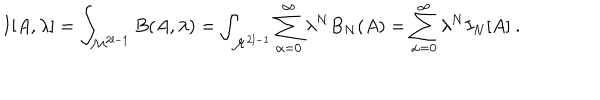
I [ A , \lambda ] = \int _ { { \cal M } ^ { 2 l - 1 } } B ( A , \lambda ) = \int _ { { \cal M } ^ { 2 l - 1 } } \sum _ { \alpha = 0 } ^ { \infty } \lambda ^ { N } B _ { N } ( A ) = \sum _ { \alpha = 0 } ^ { \infty } \lambda ^ { N } I _ { N } [ A ] \ .